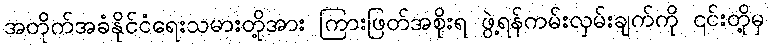
အတိုက်အခံနိုင်ငံရေးသမားတို့အား ကြားဖြတ်အစိုးရ ဖွဲ့ရန်ကမ်းလှမ်းချက်ကို ၎င်းတို့မှ